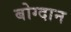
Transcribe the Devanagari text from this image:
बोग्दान